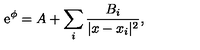
\mathrm { e } ^ { \phi } = A + \sum _ { i } \frac { B _ { i } } { | x - x _ { i } | ^ { 2 } } ,